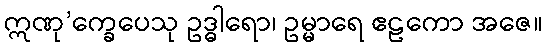
ဣဏု’က္ခေပေသု ဥဒ္ဓါရော၊ ဥမ္မာရေ ဧဠကော အဇေ။